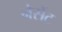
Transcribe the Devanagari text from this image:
नेसेंट